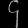
Digit: ၄